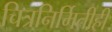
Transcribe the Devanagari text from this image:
चित्रनिर्मितीही